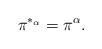
LaTeX: \begin{align*} \pi^{*_{\alpha}} = \pi^{\alpha}.\end{align*}